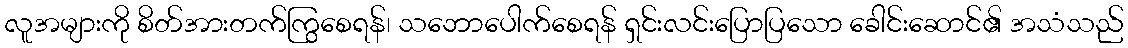
လူအများကို စိတ်အားတက်ကြွစေရန်၊ သဘောပေါက်စေရန် ရှင်းလင်းပြောပြသော ခေါင်းဆောင်၏ အသံသည်